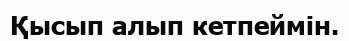
Қысып алып кетпеймін.